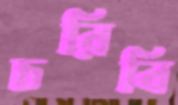
চরিবি